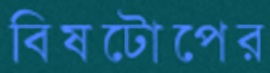
বিষটোপের